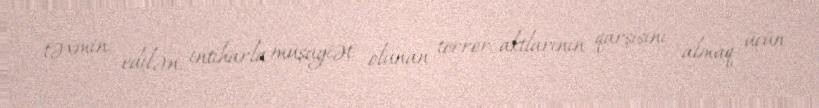
təxmin edilən, intiharla müşayiət olunan terror aktlarının qarşısını almaq üçün